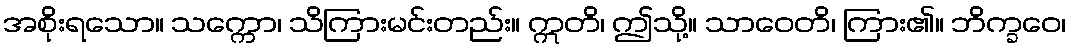
အစိုးရသော။ သက္ကော၊ သိကြားမင်းတည်း။ ဣတိ၊ ဤသို့။ သာဝေတိ၊ ကြား၏။ ဘိက္ခဝေ၊